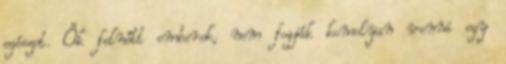
egészet. Ők felnőtt emberek, nem fogják komolyan venni egy